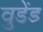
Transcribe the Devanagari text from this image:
वुडेंड